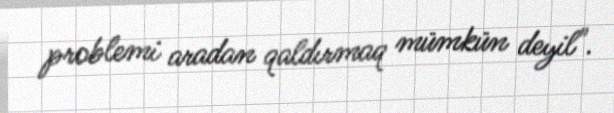
problemi aradan qaldırmaq mümkün deyil".